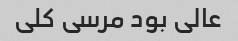
عالی بود مرسی کلی